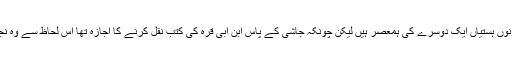
اس بنا پر یہ کہا جا سکتا ہے کہ اگرر چہ یہ دونوں ہستیاں ایک دوسرے کی ہمعصر ہیں لیکن چونکہ جاشی کے پاس ابن ابی قرہ کی کتب نقل کرنے کا اجازہ تھا اس لحاظ سے وہ نجاشی کے مشایخ (استاد ) میں حساب ہوتے ہیں ۔